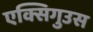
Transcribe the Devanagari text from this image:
एक्सिगुउस